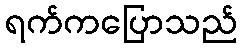
ရက်ကပြောသည်